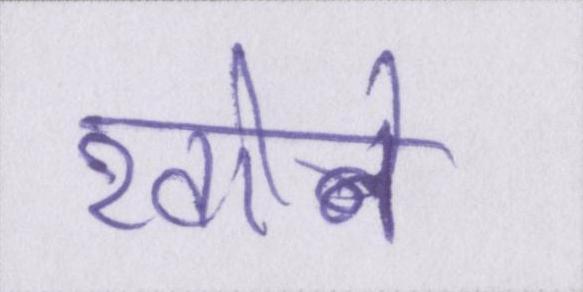
खोने